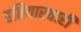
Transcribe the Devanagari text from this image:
हतियारधारी